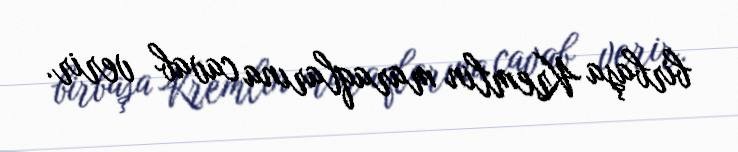
birbaşa Kremlin maraqlarına cavab verir.